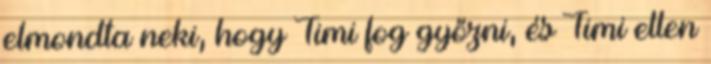
elmondta neki, hogy Timi fog győzni, és Timi ellen